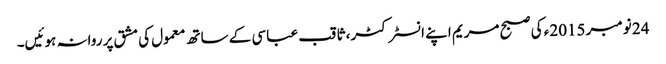
24 نومبر 2015ء کی صبح مریم اپنے انسٹرکٹر، ثاقب عباسی کے ساتھ معمول کی مشق پر روانہ ہوئیں۔